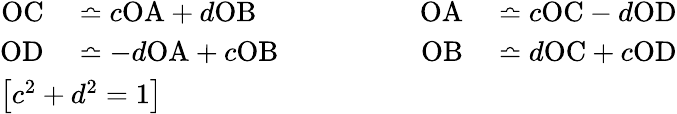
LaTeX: \begin{array}{l}{{\begin{array}{rlrlrl}{\mathrm{OC}}&{{}\bumpeq c\mathrm{OA}+d\mathrm{OB}}&{\qquad}&{{}}&{\mathrm{OA}}&{{}\bumpeq c\mathrm{OC}-d\mathrm{OD}}\\ {\mathrm{OD}}&{{}\bumpeq-d\mathrm{OA}+c\mathrm{OB}}&{}&{{}}&{\mathrm{OB}}&{{}\bumpeq d\mathrm{OC}+c\mathrm{OD}}\end{array}}}\\ {\left[c^{2}+d^{2}=1\right]}\end{array}